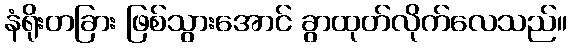
နံရိုးတခြား ဖြစ်သွားအောင် ခွာထုတ်လိုက်လေသည်။